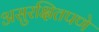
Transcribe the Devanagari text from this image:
असुरक्षितपणे